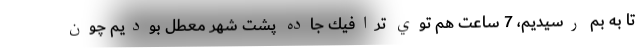
تا به بم رسيديم، 7 ساعت هم توي ترافيك جاده پشت شهر معطل بوديم چون